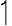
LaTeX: \upharpoonleft